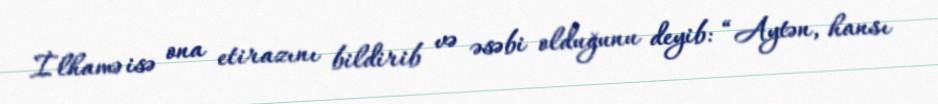
İlhamə isə ona etirazını bildirib və əsəbi olduğunu deyib: “Aytən, hansı